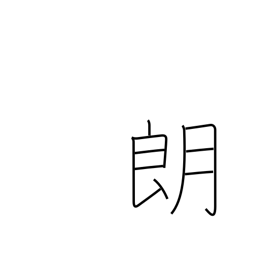
Meaning: serene